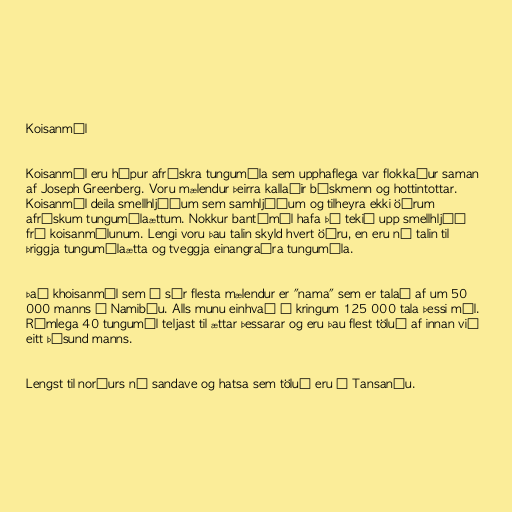
Koisanmál

Koisanmál eru hópur afrískra tungumála sem upphaflega var flokkaður saman
af Joseph Greenberg. Voru mælendur þeirra kallaðir búskmenn og hottintottar.
Koisanmál deila smellhljóðum sem samhljóðum og tilheyra ekki öðrum
afrískum tungumálaættum. Nokkur bantúmál hafa þó tekið upp smellhljóð
frá koisanmálunum. Lengi voru þau talin skyld hvert öðru, en eru nú talin til
þriggja tungumálaætta og tveggja einangraðra tungumála.

Það khoisanmál sem á sér flesta mælendur er "nama" sem er talað af um 50
000 manns í Namibíu. Alls munu einhvað í kringum 125 000 tala þessi mál.
Rúmlega 40 tungumál teljast til ættar þessarar og eru þau flest töluð af innan við
eitt þúsund manns.

Lengst til norðurs ná sandave og hatsa sem töluð eru í Tansaníu.